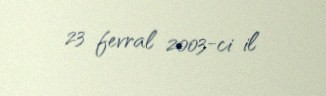
23 fevral 2003-ci il